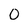
Character: 0